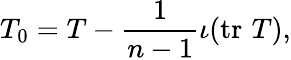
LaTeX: T_{0}=T-{\frac{1}{n-1}}\iota(\operatorname{tr}\, T),